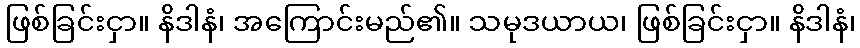
ဖြစ်ခြင်းငှာ။ နိဒါနံ၊ အကြောင်းမည်၏။ သမုဒယာယ၊ ဖြစ်ခြင်းငှာ။ နိဒါနံ၊